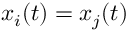
x _ { i } ( t ) = x _ { j } ( t )